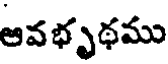
ఆవభృథము